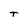
Character: t